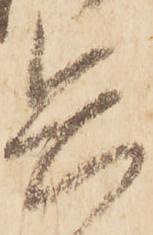
兵